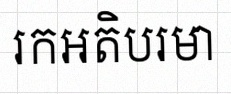
រកអតិបរមា